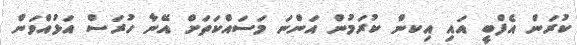
ކުރަން އެފްބީ އައި އިކން ކުރަމުން އަންނަ މަސައްކަތަށް އޭނާ ހުރަސް އަޅުއްވަން